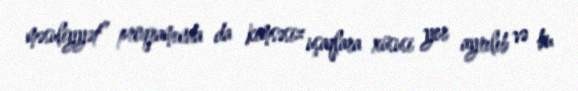
məsuliyyət” proqramında da kimsəsiz uşaqlara xüsusi yer ayrılıb və bu